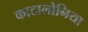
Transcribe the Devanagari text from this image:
काटालोनिया